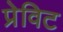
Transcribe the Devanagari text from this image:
प्रेविट